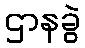
ဌာနခွဲ